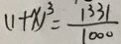
( 1 + x ) ^ { 3 } = \frac { 1 3 3 1 } { 1 0 0 0 }